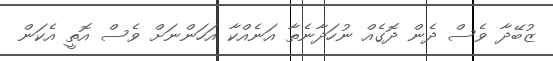
ޒުބޭދާ ވެސް ދެން ދޮގެއް ނުހަދާނެތާ އަނެއްކާ އަހަންނަށް ވެސް އޮތީ އެކަން